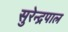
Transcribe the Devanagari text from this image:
सुरेन्द्रपाल